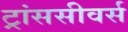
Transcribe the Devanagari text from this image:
ट्रांससीवर्स